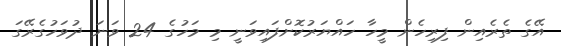
އޭގެ ތެރެއިން ފިރިހެން މީހާ ހައްޔަރުކޮށްފައިވަނީ މި މަހުގެ 24 ވަނަ ދުވަހުގެރޭގަ